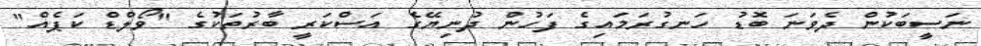
ނަސީބަކުން ދެވަނަ ބޮޑު ހަނގުރަމައިގެ ފަހުން ދުނިޔޭގެ އަސްކަރީ ބާރުތަކުގެ "ވޯލްޑް ކަޕެއް"